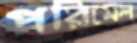
পরিমেল